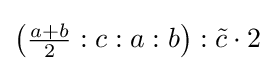
\left({\tfrac {a+b}{2}}:c:a:b\right):{\tilde {c}}\cdot 2